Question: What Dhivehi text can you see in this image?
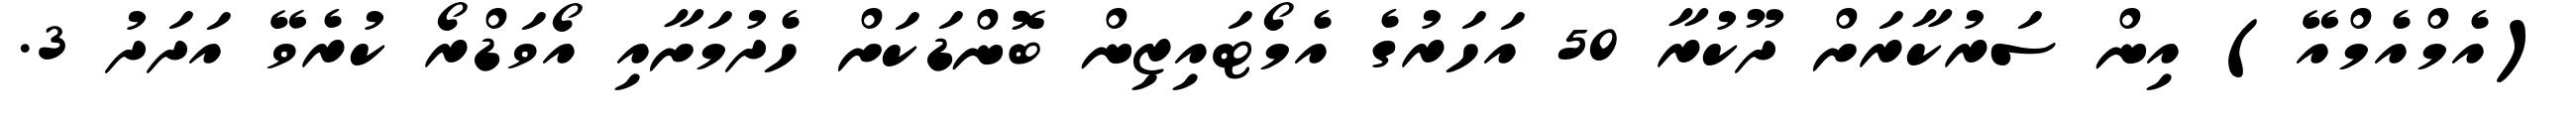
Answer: (އެމްއެމްއޭ) އިން ސަރުކާރަށް ދޫކުރާ 50 އަހަރުގެ އެމޯޓައިޒިން ބޮންޑަކަށް ހެދުމަށާއި އޯވަޑްރޯ ކުރެވޭ އަދަދު 3.